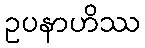
ဥပနာဟိဿ